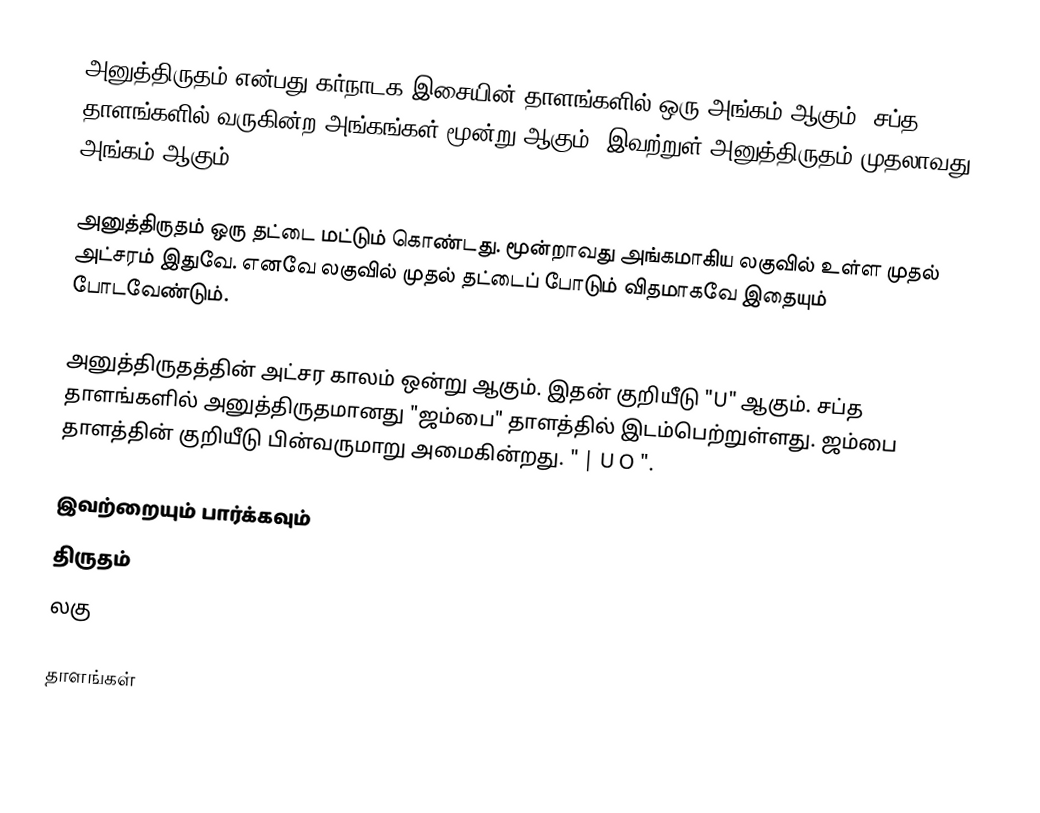
அனுத்திருதம் என்பது கர்நாடக இசையின் தாளங்களில் ஒரு அங்கம் ஆகும். சப்த தாளங்களில் வருகின்ற அங்கங்கள் மூன்று ஆகும். இவற்றுள் அனுத்திருதம் முதலாவது அங்கம் ஆகும்.

அனுத்திருதம் ஒரு தட்டை மட்டும் கொண்டது. மூன்றாவது அங்கமாகிய லகுவில் உள்ள முதல் அட்சரம் இதுவே. எனவே லகுவில் முதல் தட்டைப் போடும் விதமாகவே இதையும் போடவேண்டும்.

அனுத்திருதத்தின் அட்சர காலம் ஒன்று ஆகும். இதன் குறியீடு "U" ஆகும். சப்த தாளங்களில் அனுத்திருதமானது "ஜம்பை" தாளத்தில் இடம்பெற்றுள்ளது. ஜம்பை தாளத்தின் குறியீடு பின்வருமாறு அமைகின்றது. " | U O ".

இவற்றையும் பார்க்கவும்
 திருதம்
 லகு

தாளங்கள்